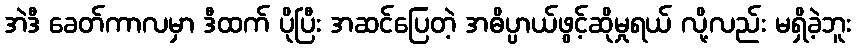
အဲဒီ ခေတ်ကာလမှာ ဒီထက် ပိုပြီး အဆင်ပြေတဲ့ အဓိပ္ပာယ်ဖွင့်ဆိုမှုရယ် လို့လည်း မရှိခဲ့ဘူး